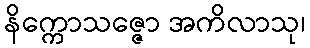
နိက္ကောသဇ္ဇော အကိလာသု၊